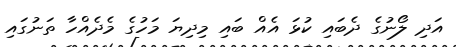
އަދި ލޯނުގެ ދެބައި ކުޅަ އެއް ބައި މިދިޔަ މަހުގެ މެދެއްހާ ތަނުގައި